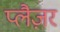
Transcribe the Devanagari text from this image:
प्लैज़र